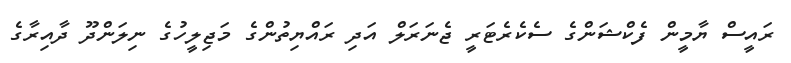
ރައީސް ޔާމީން ފެކްޝަންގެ ސެކެރެޓަރީ ޖެނަރަލް އަދި ރައްޔިތުންގެ މަޖިލީހުގެ ނިލަންދޫ ދާއިރާގެ